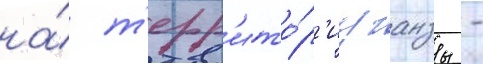
на́ т'ерр'ито́р'иу ганзы -